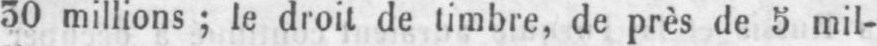
30 millions; le droit de timbre, de près de 5 mil-